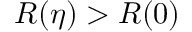
R ( \eta ) > R ( 0 )